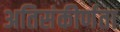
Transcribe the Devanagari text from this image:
अतिसंकीर्णता